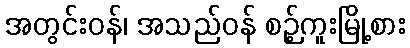
အတွင်းဝန်၊ အသည်ဝန် စဉ့်ကူးမြို့စား